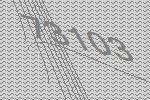
73103